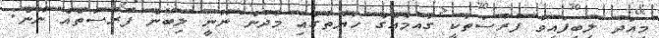
މިއަދު ލިބިފައިވާ ފުރުސަތަކީ ގައުމެއްގެ ހަޔާތުގައި މަދުން ނޫނީ ލިބޭނެ ފުރުސަތެއް ނޫން: